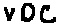
Text: VDC